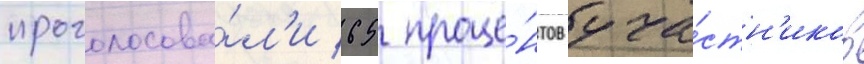
проголосова́л'и 65 проце́нтов уча́стн'иков